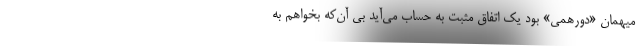
میهمان «دورهمی» بود یک اتفاق مثبت به حساب می‌آید بی آن‌که بخواهم به